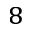
^ 8